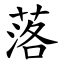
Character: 落